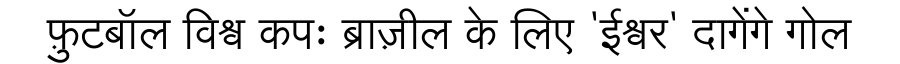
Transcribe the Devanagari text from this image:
फ़ुटबॉल विश्व कपः ब्राज़ील के लिए 'ईश्वर' दागेंगे गोल